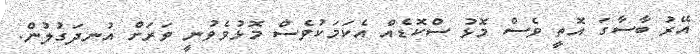
އޭރު ބާސާގަ އޮތީ ވެސް މޮޅު ސްކޮޑެއް އެކަމަކުވެސް މޮޅުވެވުނީ ވަރަށް އުނދަގުލުން.